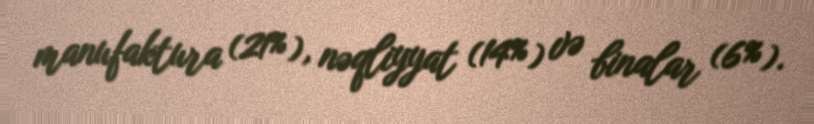
manufaktura (21%), nəqliyyat (14%) və binalar (6%).